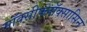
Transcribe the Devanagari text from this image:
मॉक्सीफ्लॉक्सासिन